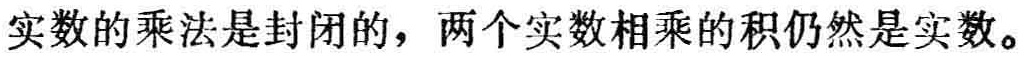
实数的乘法是封闭的，两个实数相乘的积仍然是实数。